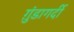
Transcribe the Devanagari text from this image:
ग़ुंडागर्दी